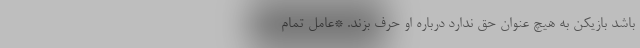
باشد بازیکن به هیچ عنوان حق ندارد درباره او حرف بزند. *عامل تمام